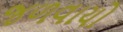
જળવાયો